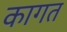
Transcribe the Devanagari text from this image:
कागत